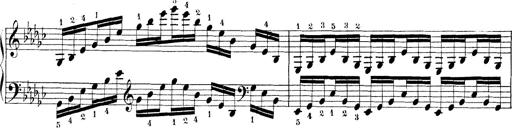
Title: Technische Studien
Composer: Franz Liszt